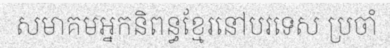
សមាគមអ្នកនិពន្ធខ្មែរនៅបរទេស ប្រចាំ